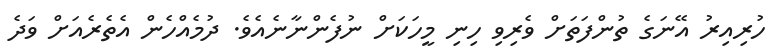
ހުރިއިރު އޭނަގެ ތުންފަތަށް ވެރިވި ހިނި މީހަކަށް ނުފެންނާނެއެވެ. ދުމެއްހެން އެތެރެއަށް ވަދެ